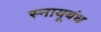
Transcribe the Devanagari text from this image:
स्नायूबंध